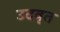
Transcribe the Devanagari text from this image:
उदवृत